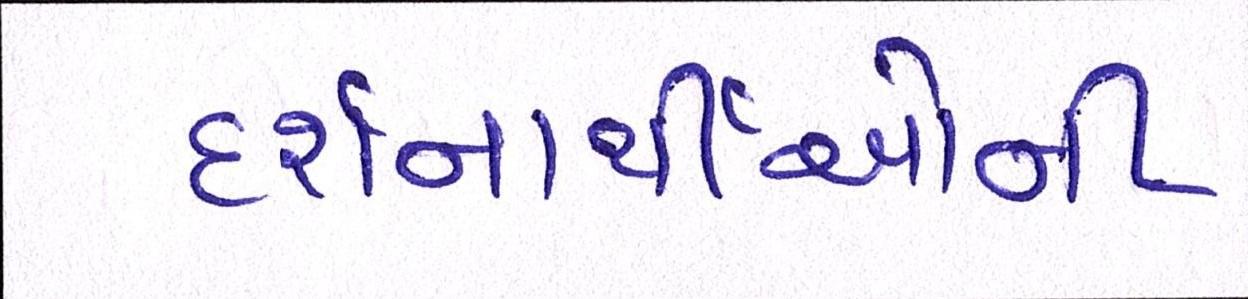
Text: દર્શનાર્થીઓની